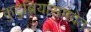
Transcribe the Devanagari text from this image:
कुटुंबियांसमवेत